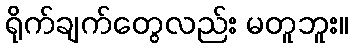
ရိုက်ချက်တွေလည်း မတူဘူး။